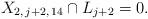
LaTeX: \begin{align*} X_{2, \, j+2, \, 14} \cap L_{j+2} = 0.\end{align*}